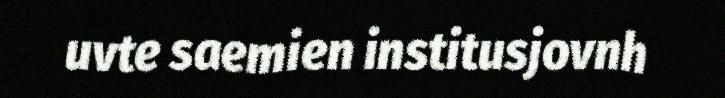
uvte saemien institusjovnh